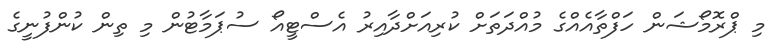
މި ޕްރޮމޯޝަން ހަފްތާއެއްގެ މުއްދަތަށް ކުރިއަށްދާއިރު އެސްޓީއޯ ސުޕަމާޓުން މި ތިން ކުންފުނީގެ